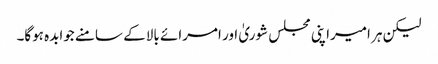
لیکن ہر امیراپنی مجلس شوریٰ اور امرائے بالا کے سامنے جوابدہ ہوگا۔